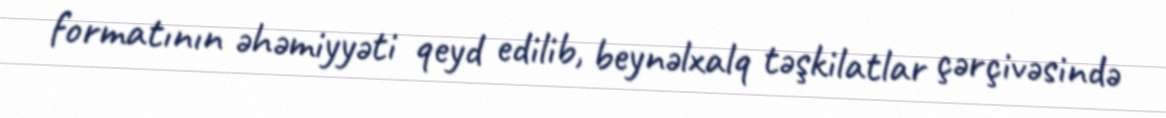
formatının əhəmiyyəti qeyd edilib, beynəlxalq təşkilatlar çərçivəsində